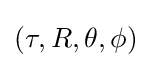
(\tau ,R,\theta ,\phi )